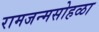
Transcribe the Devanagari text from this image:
रामजन्मसोहळा